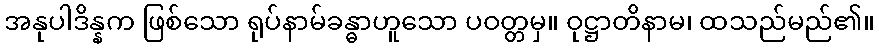
အနုပါဒိန္နက ဖြစ်သော ရုပ်နာမ်ခန္ဓာဟူသော ပဝတ္တမှ။ ဝုဋ္ဌာတိနာမ၊ ထသည်မည်၏။